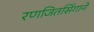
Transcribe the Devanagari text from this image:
रणजितसिंगाने